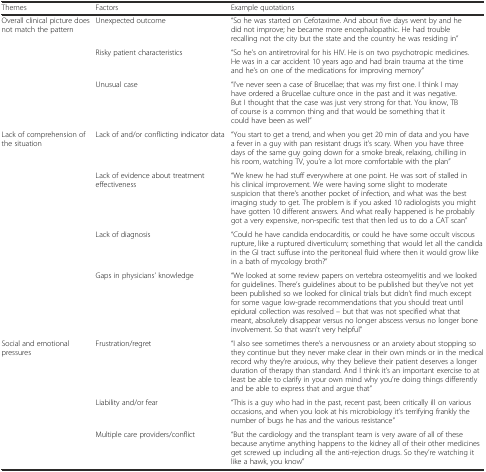
<table><thead><tr><td><b>Themes</b></td><td><b>Factors</b></td><td><b>Example quotations</b></td></tr></thead><tbody><tr><td rowspan="3">Overall clinical picture does not match the pattern</td><td>Unexpected outcome</td><td>“So he was started on Cefotaxime. And about five days went by and he did not improve; he became more encephalopathic. He had trouble recalling not the city but the state and the country he was residing in”</td></tr><tr><td>Risky patient characteristics</td><td>“So he’s on antiretroviral for his HIV. He is on two psychotropic medicines. He was in a car accident 10 years ago and had brain trauma at the time and he’s on one of the medications for improving memory”</td></tr><tr><td>Unusual case</td><td>“I’ve never seen a case of Brucellae; that was my first one. I think I may have ordered a Brucellae culture once in the past and it was negative. But I thought that the case was just very strong for that. You know, TB of course is a common thing and that would be something that it could have been as well”</td></tr><tr><td rowspan="3">Lack of comprehension of the situation</td><td>Lack of and/or conflicting indicator data</td><td>“You start to get a trend, and when you get 20 min of data and you have a fever in a guy with pan resistant drugs it’s scary. When you have three days of the same guy going down for a smoke break, relaxing, chilling in his room, watching TV, you’re a lot more comfortable with the plan”</td></tr><tr><td>Lack of evidence about treatment effectiveness</td><td>“We knew he had stuff everywhere at one point. He was sort of stalled in his clinical improvement. We were having some slight to moderate suspicion that there’s another pocket of infection, and what was the best imaging study to get. The problem is if you asked 10 radiologists you might have gotten 10 different answers. And what really happened is he probably got a very expensive, non-specific test that then led us to do a CAT scan”</td></tr><tr><td>Lack of diagnosis</td><td>“Could he have candida endocarditis, or could he have some occult viscous rupture, like a ruptured diverticulum; something that would let all the candida in the GI tract suffuse into the peritoneal fluid where then it would grow like in a bath of mycology broth?”</td></tr><tr><td></td><td>Gaps in physicians’ knowledge</td><td>“We looked at some review papers on vertebra osteomyelitis and we looked for guidelines. There’s guidelines about to be published but they’ve not yet been published so we looked for clinical trials but didn’t find much except for some vague low-grade recommendations that you should treat until epidural collection was resolved – but that was not specified what that meant, absolutely disappear versus no longer abscess versus no longer bone involvement. So that wasn’t very helpful”</td></tr><tr><td rowspan="3">Social and emotional pressures</td><td>Frustration/regret</td><td>“I also see sometimes there’s a nervousness or an anxiety about stopping so they continue but they never make clear in their own minds or in the medical record why they’re anxious, why they believe their patient deserves a longer duration of therapy than standard. And I think it’s an important exercise to at least be able to clarify in your own mind why you’re doing things differently and be able to express that and argue that”</td></tr><tr><td>Liability and/or fear</td><td>“This is a guy who had in the past, recent past, been critically ill on various occasions, and when you look at his microbiology it’s terrifying frankly the number of bugs he has and the various resistance”</td></tr><tr><td>Multiple care providers/conflict</td><td>“But the cardiology and the transplant team is very aware of all of these because anytime anything happens to the kidney all of their other medicines get screwed up including all the anti-rejection drugs. So they’re watching it like a hawk, you know”</td></tr></tbody></table>